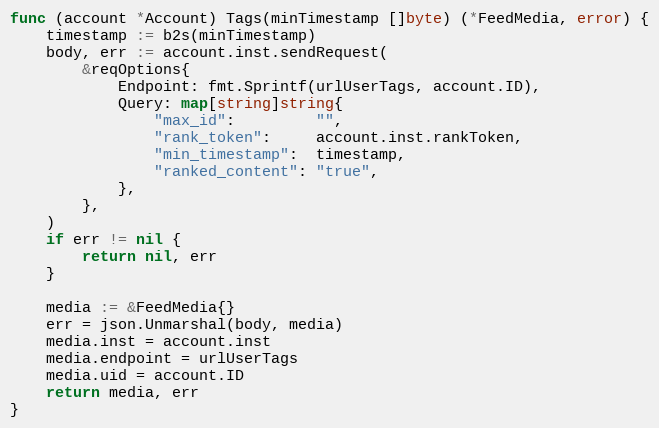
Language: Go
func (account *Account) Tags(minTimestamp []byte) (*FeedMedia, error) {
	timestamp := b2s(minTimestamp)
	body, err := account.inst.sendRequest(
		&reqOptions{
			Endpoint: fmt.Sprintf(urlUserTags, account.ID),
			Query: map[string]string{
				"max_id":         "",
				"rank_token":     account.inst.rankToken,
				"min_timestamp":  timestamp,
				"ranked_content": "true",
			},
		},
	)
	if err != nil {
		return nil, err
	}

	media := &FeedMedia{}
	err = json.Unmarshal(body, media)
	media.inst = account.inst
	media.endpoint = urlUserTags
	media.uid = account.ID
	return media, err
}